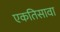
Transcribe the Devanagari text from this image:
एकतिसावा